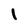
Character: 1